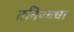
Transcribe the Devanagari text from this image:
तनिष्कचा